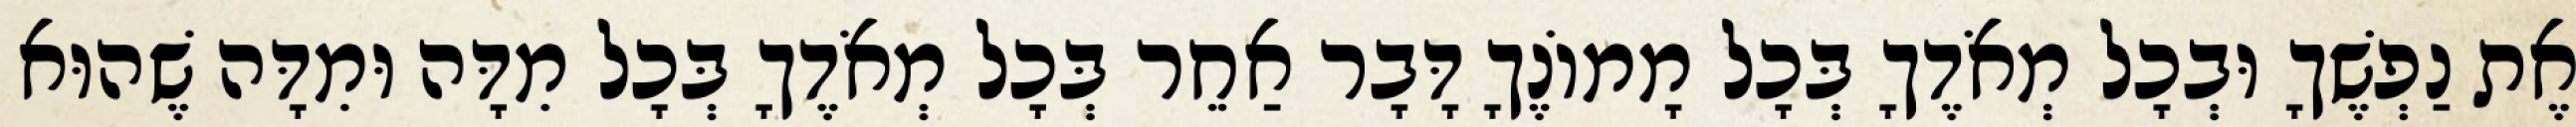
אֶת נַפְשֶׁךָ וּבְכָל מְאֹדֶךָ בְּכָל מָמוֹנֶךָ דָּבָר אַחֵר בְּכָל מְאֹדֶךָ בְּכָל מִדָּה וּמִדָּה שֶׁהוּא